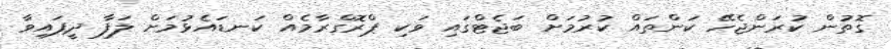
ގޮތުން ކުރަންޖެހޭ ކަންތައް ކުރުމަށް ބަޖެޓްގައި ވަކި ޕްރޮގްރާމެއް ކަނޑައެޅުމަށް ލަފާ ދީފައިވާ